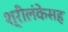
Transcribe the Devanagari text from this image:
श्रीलंकेसह